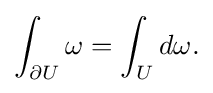
\displaystyle {\int _{\partial U}\omega =\int _{U}d\omega .}